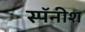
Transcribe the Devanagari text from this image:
स्पॅनीश